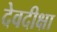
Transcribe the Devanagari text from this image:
देवदीक्षा